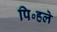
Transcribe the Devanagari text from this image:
पि॰हले